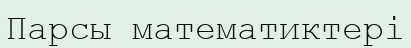
Парсы математиктері